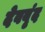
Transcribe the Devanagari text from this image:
देवबृंद